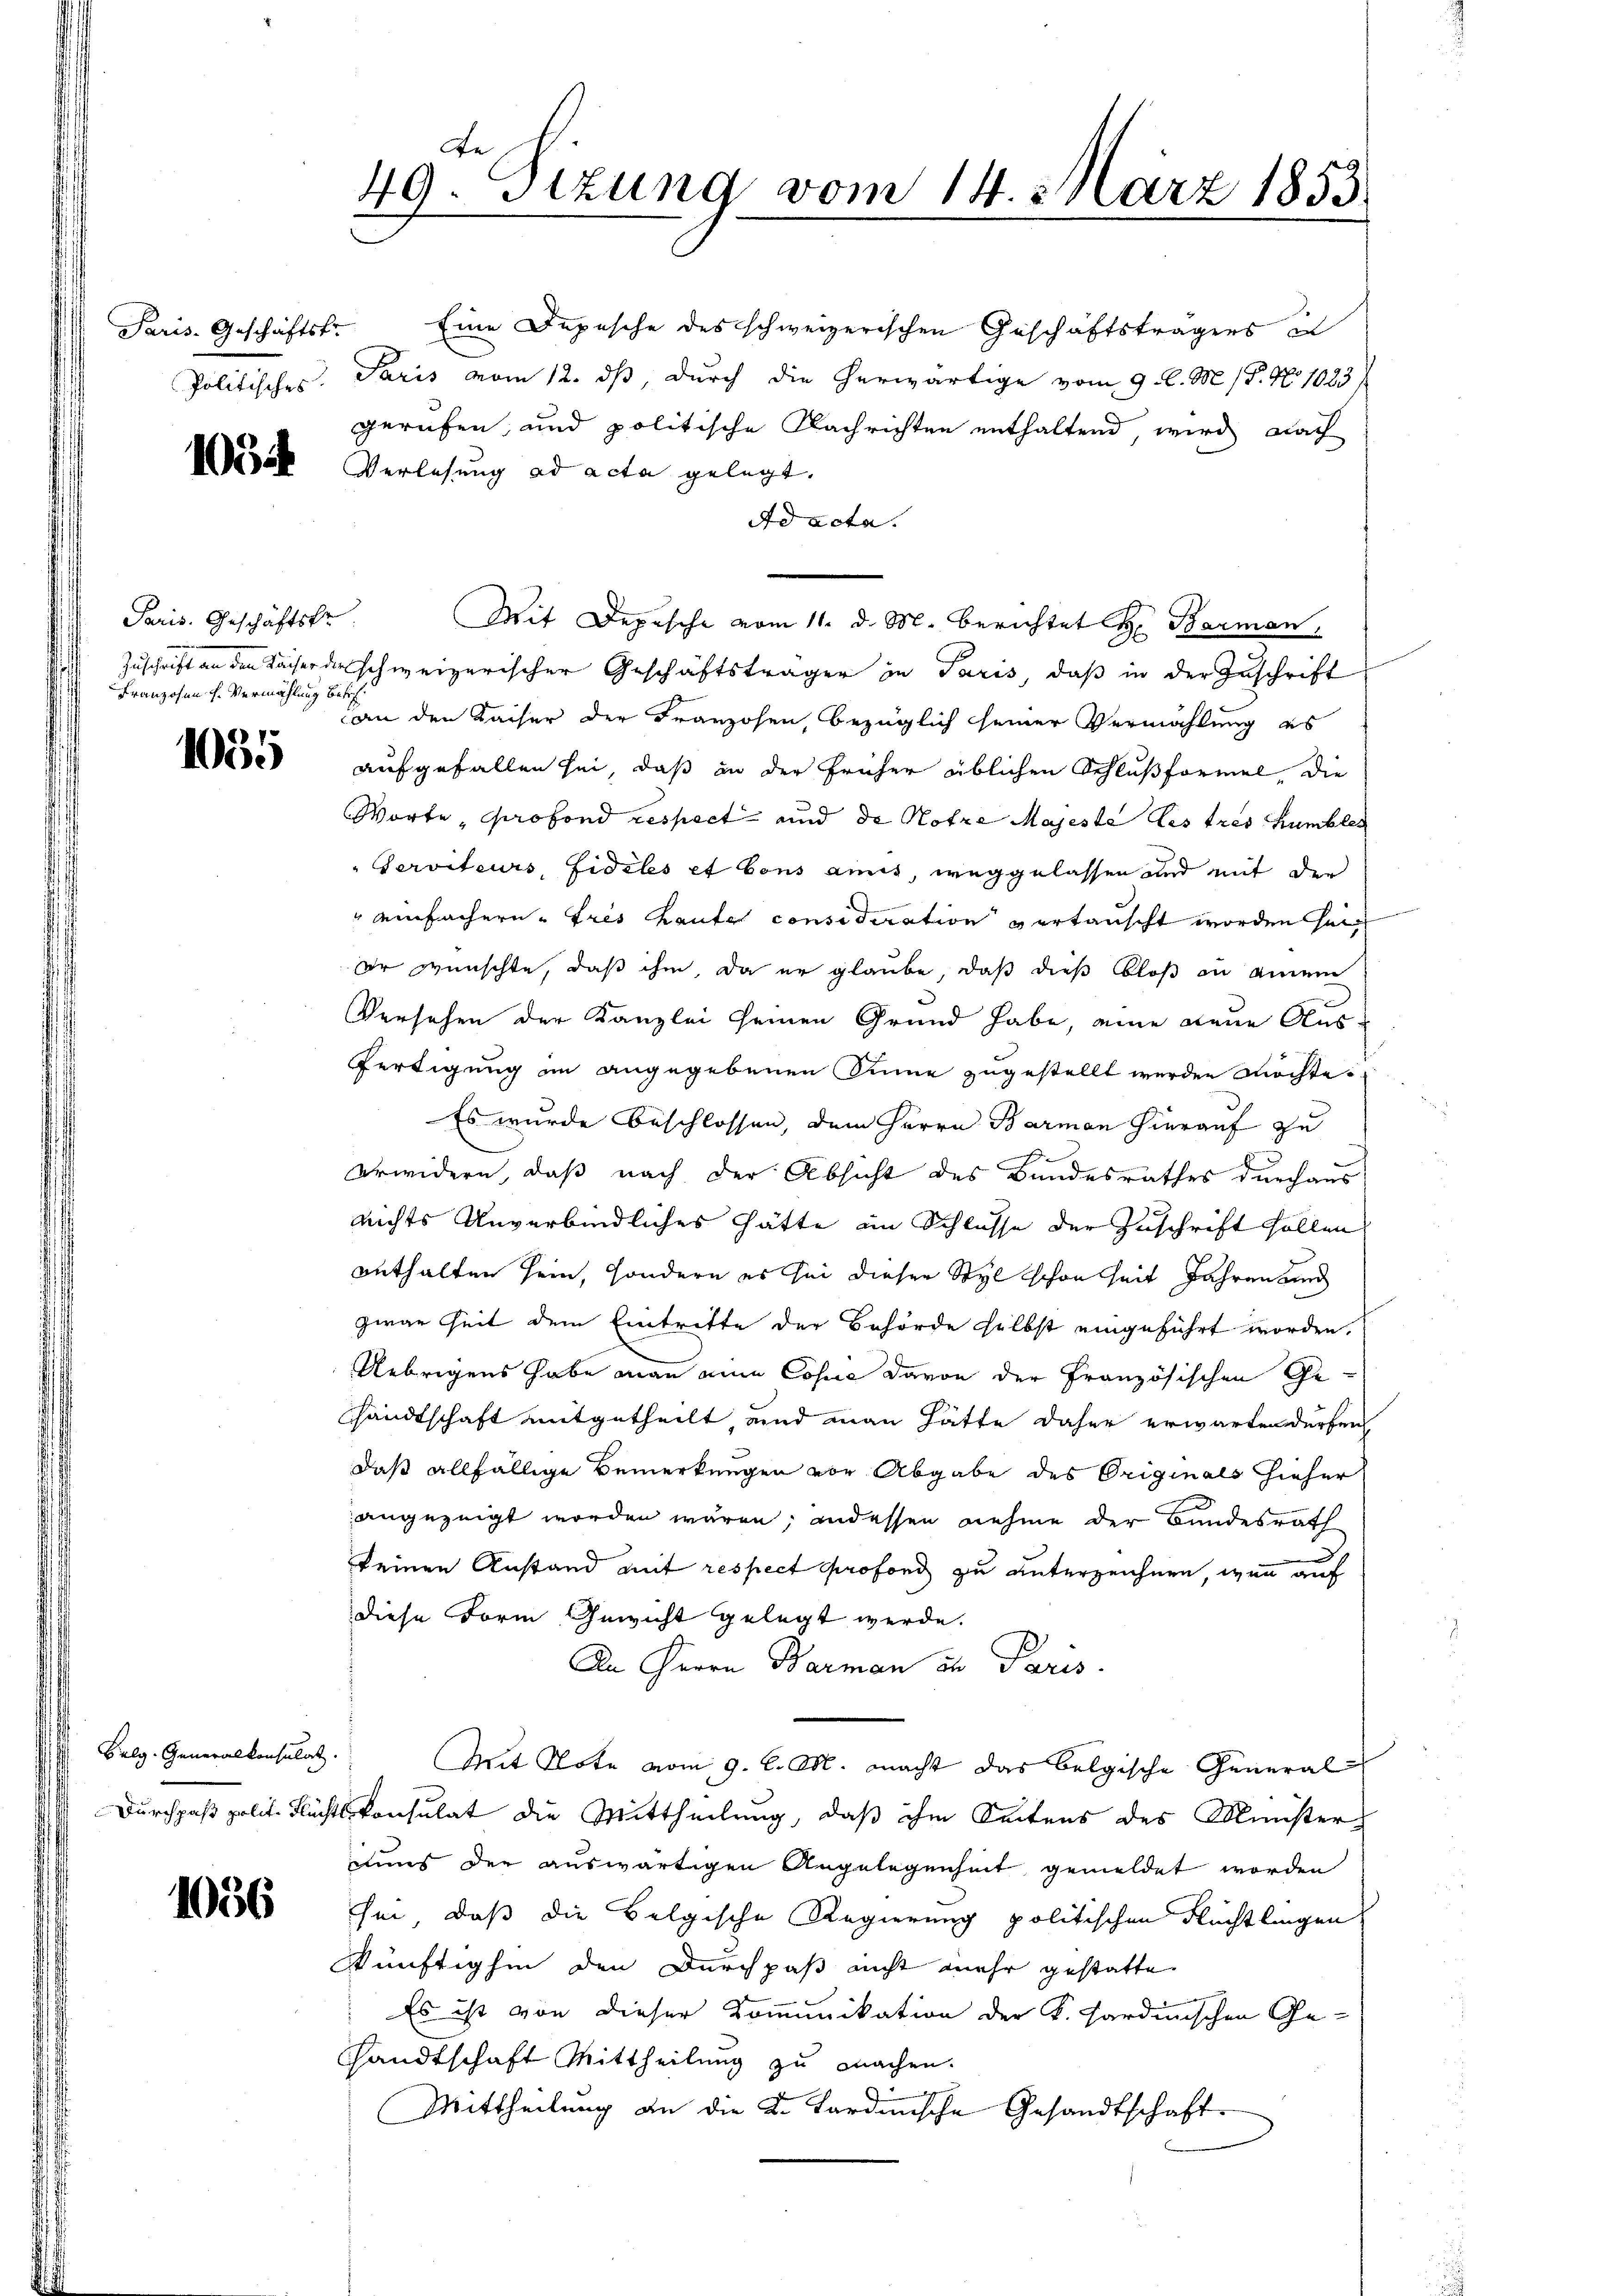
Paris. Geschäftstr.

106

Paris. Geschäftskr
Franzosen h. Vermählung bet

1035

Selg. Generalkonsulat.

1056

Eine Depesche des schweizerischen Geschäftsträgers in
Politisches. Paris vom 12. ds, durch die herwärtige vom 9. l. M. P. No 1023/
gerufen, und politische Nachrichten enthaltend, wird nach
Verlesung ad acta gelegt.
Ad acta.
Zuschrift an den Sacher derschweizerischer Geschäftsträger in Paris, daß in der Zuschrift
can den Kaiser der Franzosen, bezüglich seiner Vermählung es
aufgefallen sei, daß in der früher üblichen Schlußformel, die
Worte, profond respect und de Notre Majeste les tres humbles
Serviteurs, Fideles et Cons amis, weggelassen und mit der
" einfachern. Fres Laute consideration vertauscht worden sein
er wünschte, daß ihm da er glaube, daß dieß bloß in einem
Versehen der Kanzlei seinen Grund habe, eine neue Ausfertigung an angegebenen Sinne zugestellt werden möchte.
Es wurde beschlossen, dem Herrn Barman hierauf zu
E
Urwidern, daß nach der Absicht des Bundesrathes durchaus
nichts Unverbindliches hätte im Schlusse der Zuschrift follen
enthalten sein, sondern es sei dieser Styl schon seit Jahren und
zwar Zeit dem Eintritte der Behörde selbst eingeführt worden.
Uebrigens habe man eine Copie davon der Französischen Ge-
andtschaft mitgetheilt, und man hätte daher erwarten dürfen
daß allfällige Bemerkungen vor Abgabe des Originals hieher
angezeigt worden wären; andessen nehme der Bundesrath
keinen Anstand mit respect Profond zu unterzeichnen, wenn auf
diese Form Gewicht gelegt werde.
An Herrn Barman in Paris.
Mit Note vom 9. l. M. macht das belgische General
Durchpaß polit. Flichtskonsulat die Mittheilung, daß ihm Seitens des Ministeriums der auswärtigen Angelegenheit gemeldet worden
sei, daß die Belgische Regierung politischen Flüchtlingen
künftighin den Durchpaß nicht mehr gestatte.
: Es ist von dieser Kommunikation der K. Sardinischen Ge-
sandtschaft Mittheilung zu machen.
Mittheilung an die K. Sardinische Gesandtschaft

49. Sizung vom 14. März 1853

Mit Depesche vom 11. d. M. berichtet Barmen,